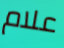
علام